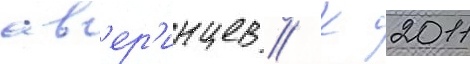
ав'ер'инцев // К 2011